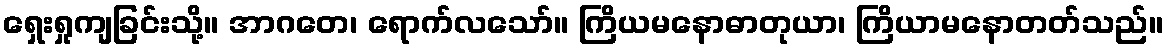
ရှေးရှုကျခြင်းသို့။ အာဂတေ၊ ရောက်လသော်။ ကြိယမနောဓာတုယာ၊ ကြိယာမနောတတ်သည်။